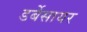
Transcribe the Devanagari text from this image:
डर्बेसायर